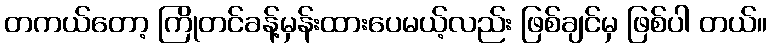
တကယ်တော့ ကြိုတင်ခန့်မှန်းထားပေမယ့်လည်း ဖြစ်ချင်မှ ဖြစ်ပါ တယ်။